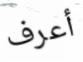
أعرف